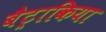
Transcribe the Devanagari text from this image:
बैट्राकिया